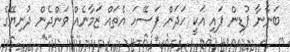
ބަނާނާ ޕުޑިން ޕަައި އަކީ ހަދަން ފަސޭހަ އެތައް ޒަމާނެއް ވަންދެން ދުނިޔޭގެ